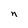
Character: n